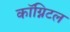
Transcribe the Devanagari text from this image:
कॉग्निटल